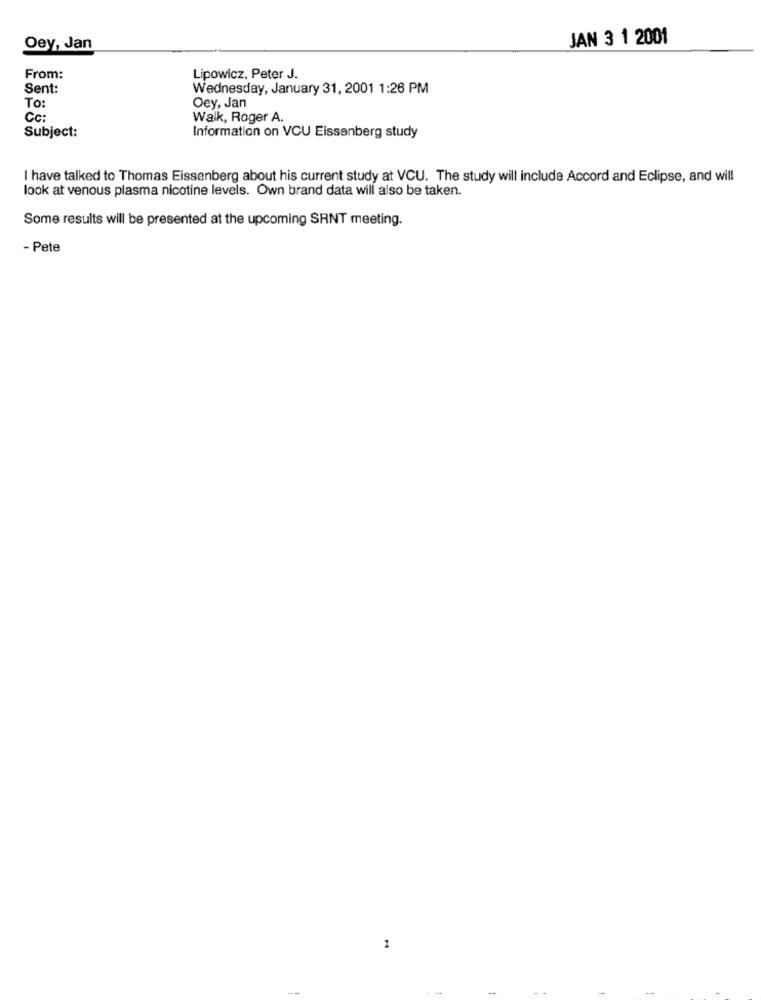
JAN 3 1 2001
Oey, Jan
From:
Lipowicz, Peter J.
Sent:
Wednesday, January 31, 2001 1:26 PM
To
Oey, Jan
Cc
Walk, Roger A.
Subject:
Information on VCU Eissenberg study
I have talked to Thomas Eissenberg about his current study at VCU. The study will include Accord and Eclipse, and will
look at venous plasma nicotine levels. Own brand data will also be taken.
Some results will be presented at the upcoming SRNT meeting.
- Pete
1